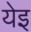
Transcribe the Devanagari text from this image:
येइ